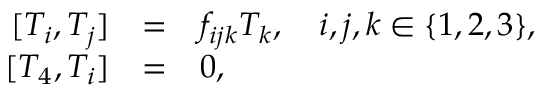
\begin{array} { r c l } { { \, [ T _ { i } , T _ { j } ] } } & { { = } } & { { f _ { i j k } T _ { k } , \quad i , j , k \in \{ 1 , 2 , 3 \} , } } \\ { { \, [ T _ { 4 } , T _ { i } ] } } & { { = } } & { { 0 , } } \end{array}